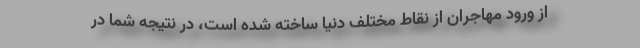
از ورود مهاجران از نقاط مختلف دنیا ساخته شده است، در نتیجه شما در